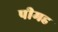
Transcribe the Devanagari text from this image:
पीमह